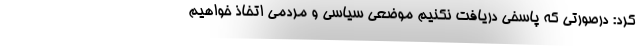
کرد: درصورتی که پاسخی دریافت نکنیم موضعی سیاسی ‌و مردمی اتخاذ خواهیم